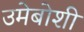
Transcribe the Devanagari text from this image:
उमेबोशी